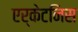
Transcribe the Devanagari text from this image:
एर्केटनिस